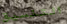
التنسيق